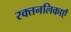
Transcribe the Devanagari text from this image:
रक्तनलिकाएँ